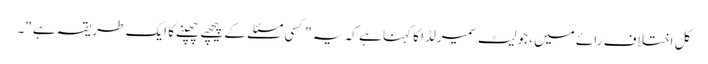
کل اختلاف رائے میں ، جولیٹ سمیرلڈا کا کہنا ہے کہ یہ "کسی مسئلے کے پیچھے چھپنے کا ایک طریقہ ہے"۔